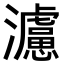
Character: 𤄦